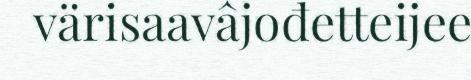
värisaavâjođetteijee